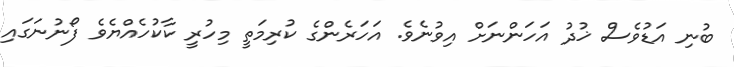
ބުނި އަޑުވެސް ޚުދު އަހަންނަށް އިވުނެވެ. އަހަރެންގެ ކުރިމަތީ މިހުރީ ކާކުހެއްޔެވެ ފޯނުނަގައި